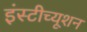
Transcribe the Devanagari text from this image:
इंस्‍टीच्‍यूशन